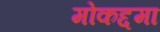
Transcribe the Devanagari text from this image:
मोकद्दमा